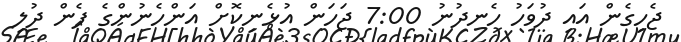
ޖެހިގެން އައި ދުވަހު ހެނދުނު 7:00 ޖަހަން އުޅެނިކޮށް އަންހެނުންގެ ފެން ދުލި